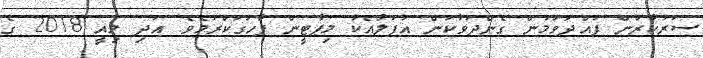
ސަރުކާރުން ފުއްދަވަމުން ގެންދަވާކަން އުފަލާއެކު މިޕާޓީން ފާހަގަކުރަމެވެ. އަދި މިއީ 2018 ގެ